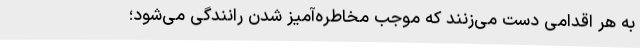
به هر اقدامی دست می‌زنند که موجب مخاطره‌آمیز شدن رانندگی می‌شود؛